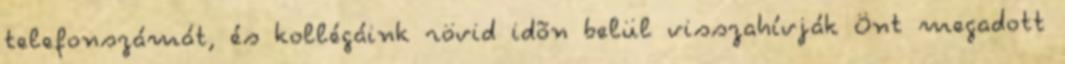
telefonszámát, és kollégáink rövid idõn belül visszahívják Önt megadott